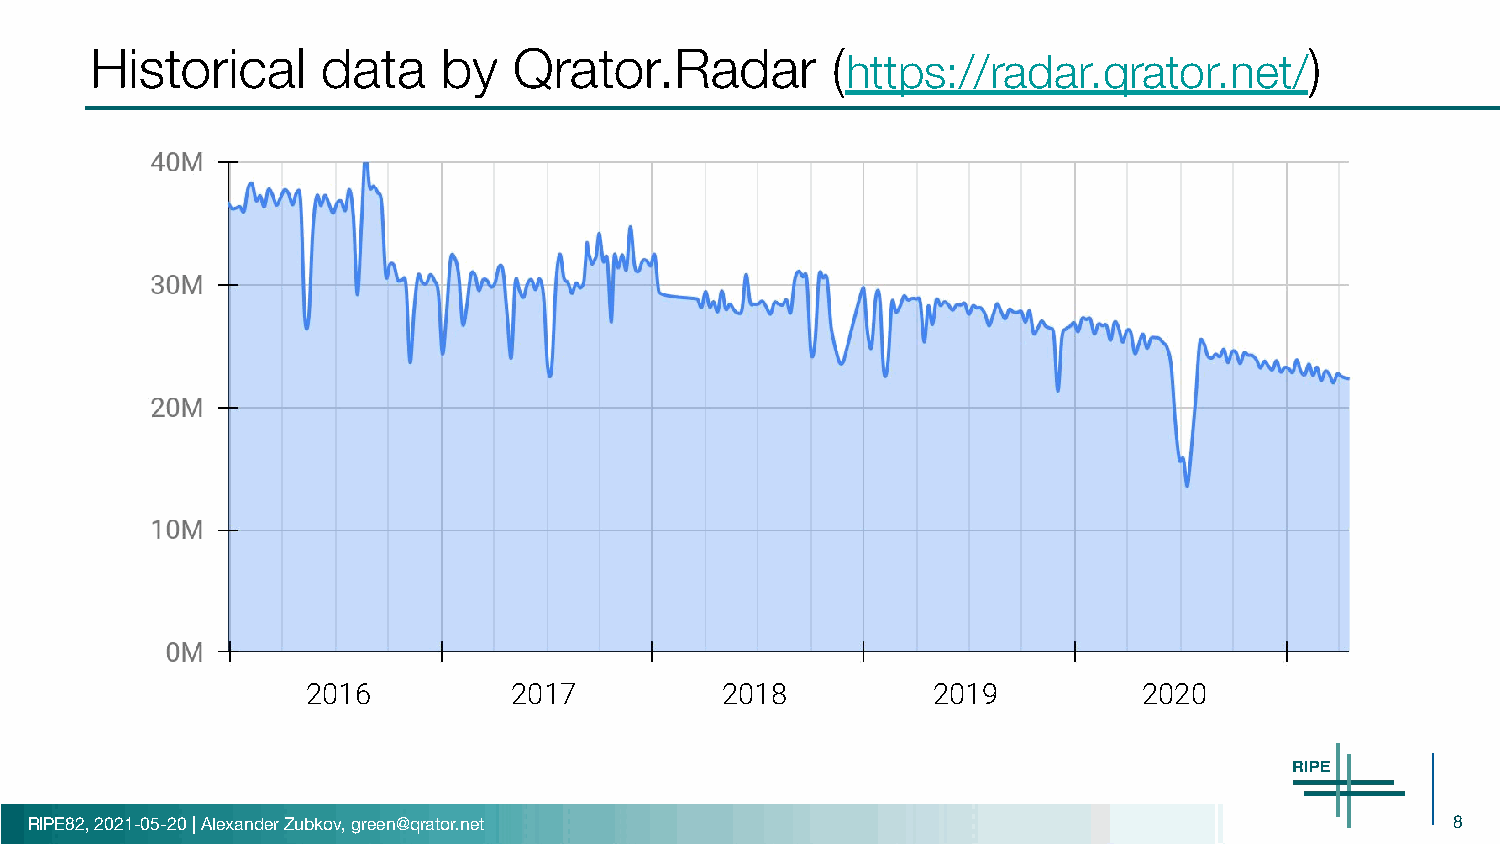
Historical     data    by   Qrator.Radar         (                               )
 https://radar.qrator.net/
 2016          2017          2018          2019          2020
 RIPE82, 2021-05-20 | Alexander Zubkov, green@qrator.net                                       8